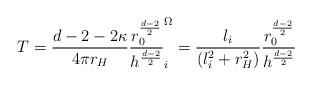
LaTeX: \begin{align*} T = \frac{d-2-2\kappa}{4 \pi r_H}\frac{r_0^{\frac{d-2}{2}}}{h^{\frac{d-2}{2}}} \sp \Omega_i =\frac{l_i}{(l_i^2 +r_H^2)}\frac{r_0^{\frac{d-2}{2}}}{h^{\frac{d-2}{2}}}\end{align*}